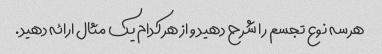
هر سه نوع تجسم را شرح دهید و از هر کدام یک مثال ارائه دهید.